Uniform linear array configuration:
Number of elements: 4
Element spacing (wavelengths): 0.5
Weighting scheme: exponential
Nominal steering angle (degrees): -15
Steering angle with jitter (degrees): -14.81
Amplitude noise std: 0.05
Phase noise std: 0.05

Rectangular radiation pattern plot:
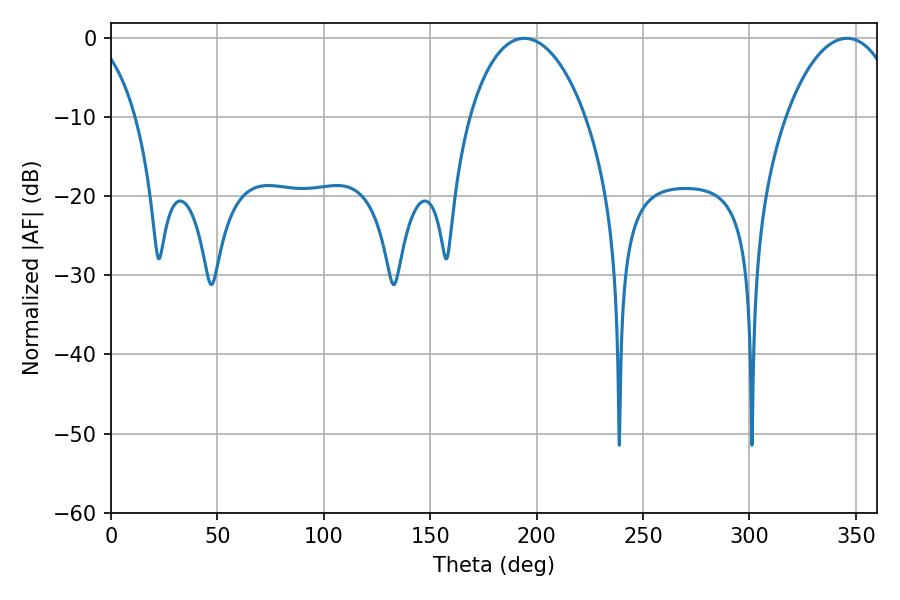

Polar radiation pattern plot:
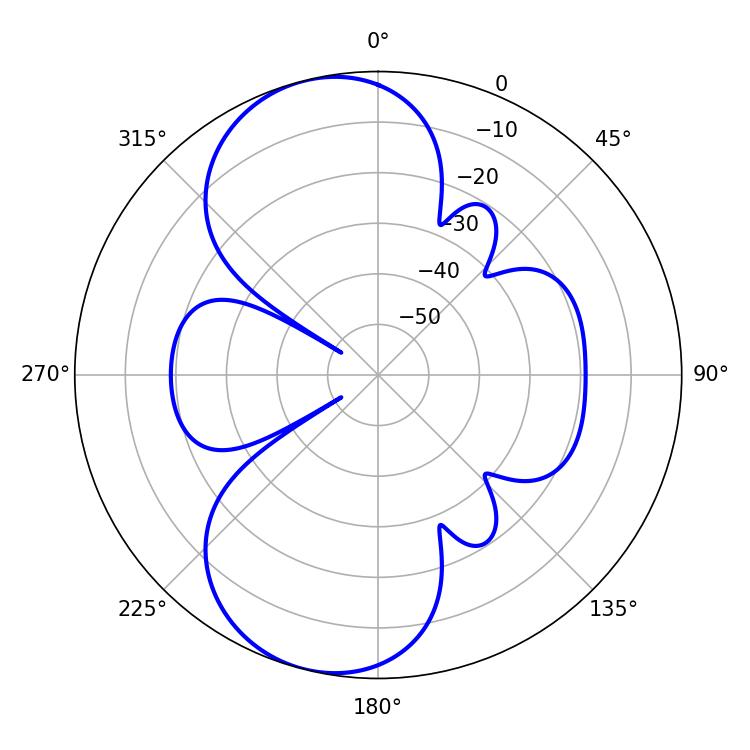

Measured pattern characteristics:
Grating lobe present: FALSE
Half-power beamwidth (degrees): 30.96
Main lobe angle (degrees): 194.22